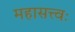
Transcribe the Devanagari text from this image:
महासत्त्वः